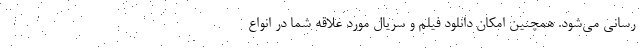
رسانی می‌شود. همچنین امکان دانلود فیلم و سریال مورد علاقه شما در انواع